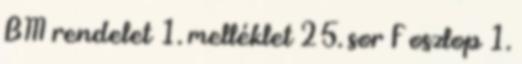
BM rendelet 1. melléklet 25. sor F oszlop 1.